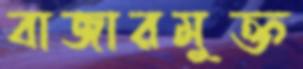
বাজারমুক্ত